DOW-UAP-D48, Department of the Air Force Report, 1996
Agency: Department of War
Incident date: 9/10/96
Page 30
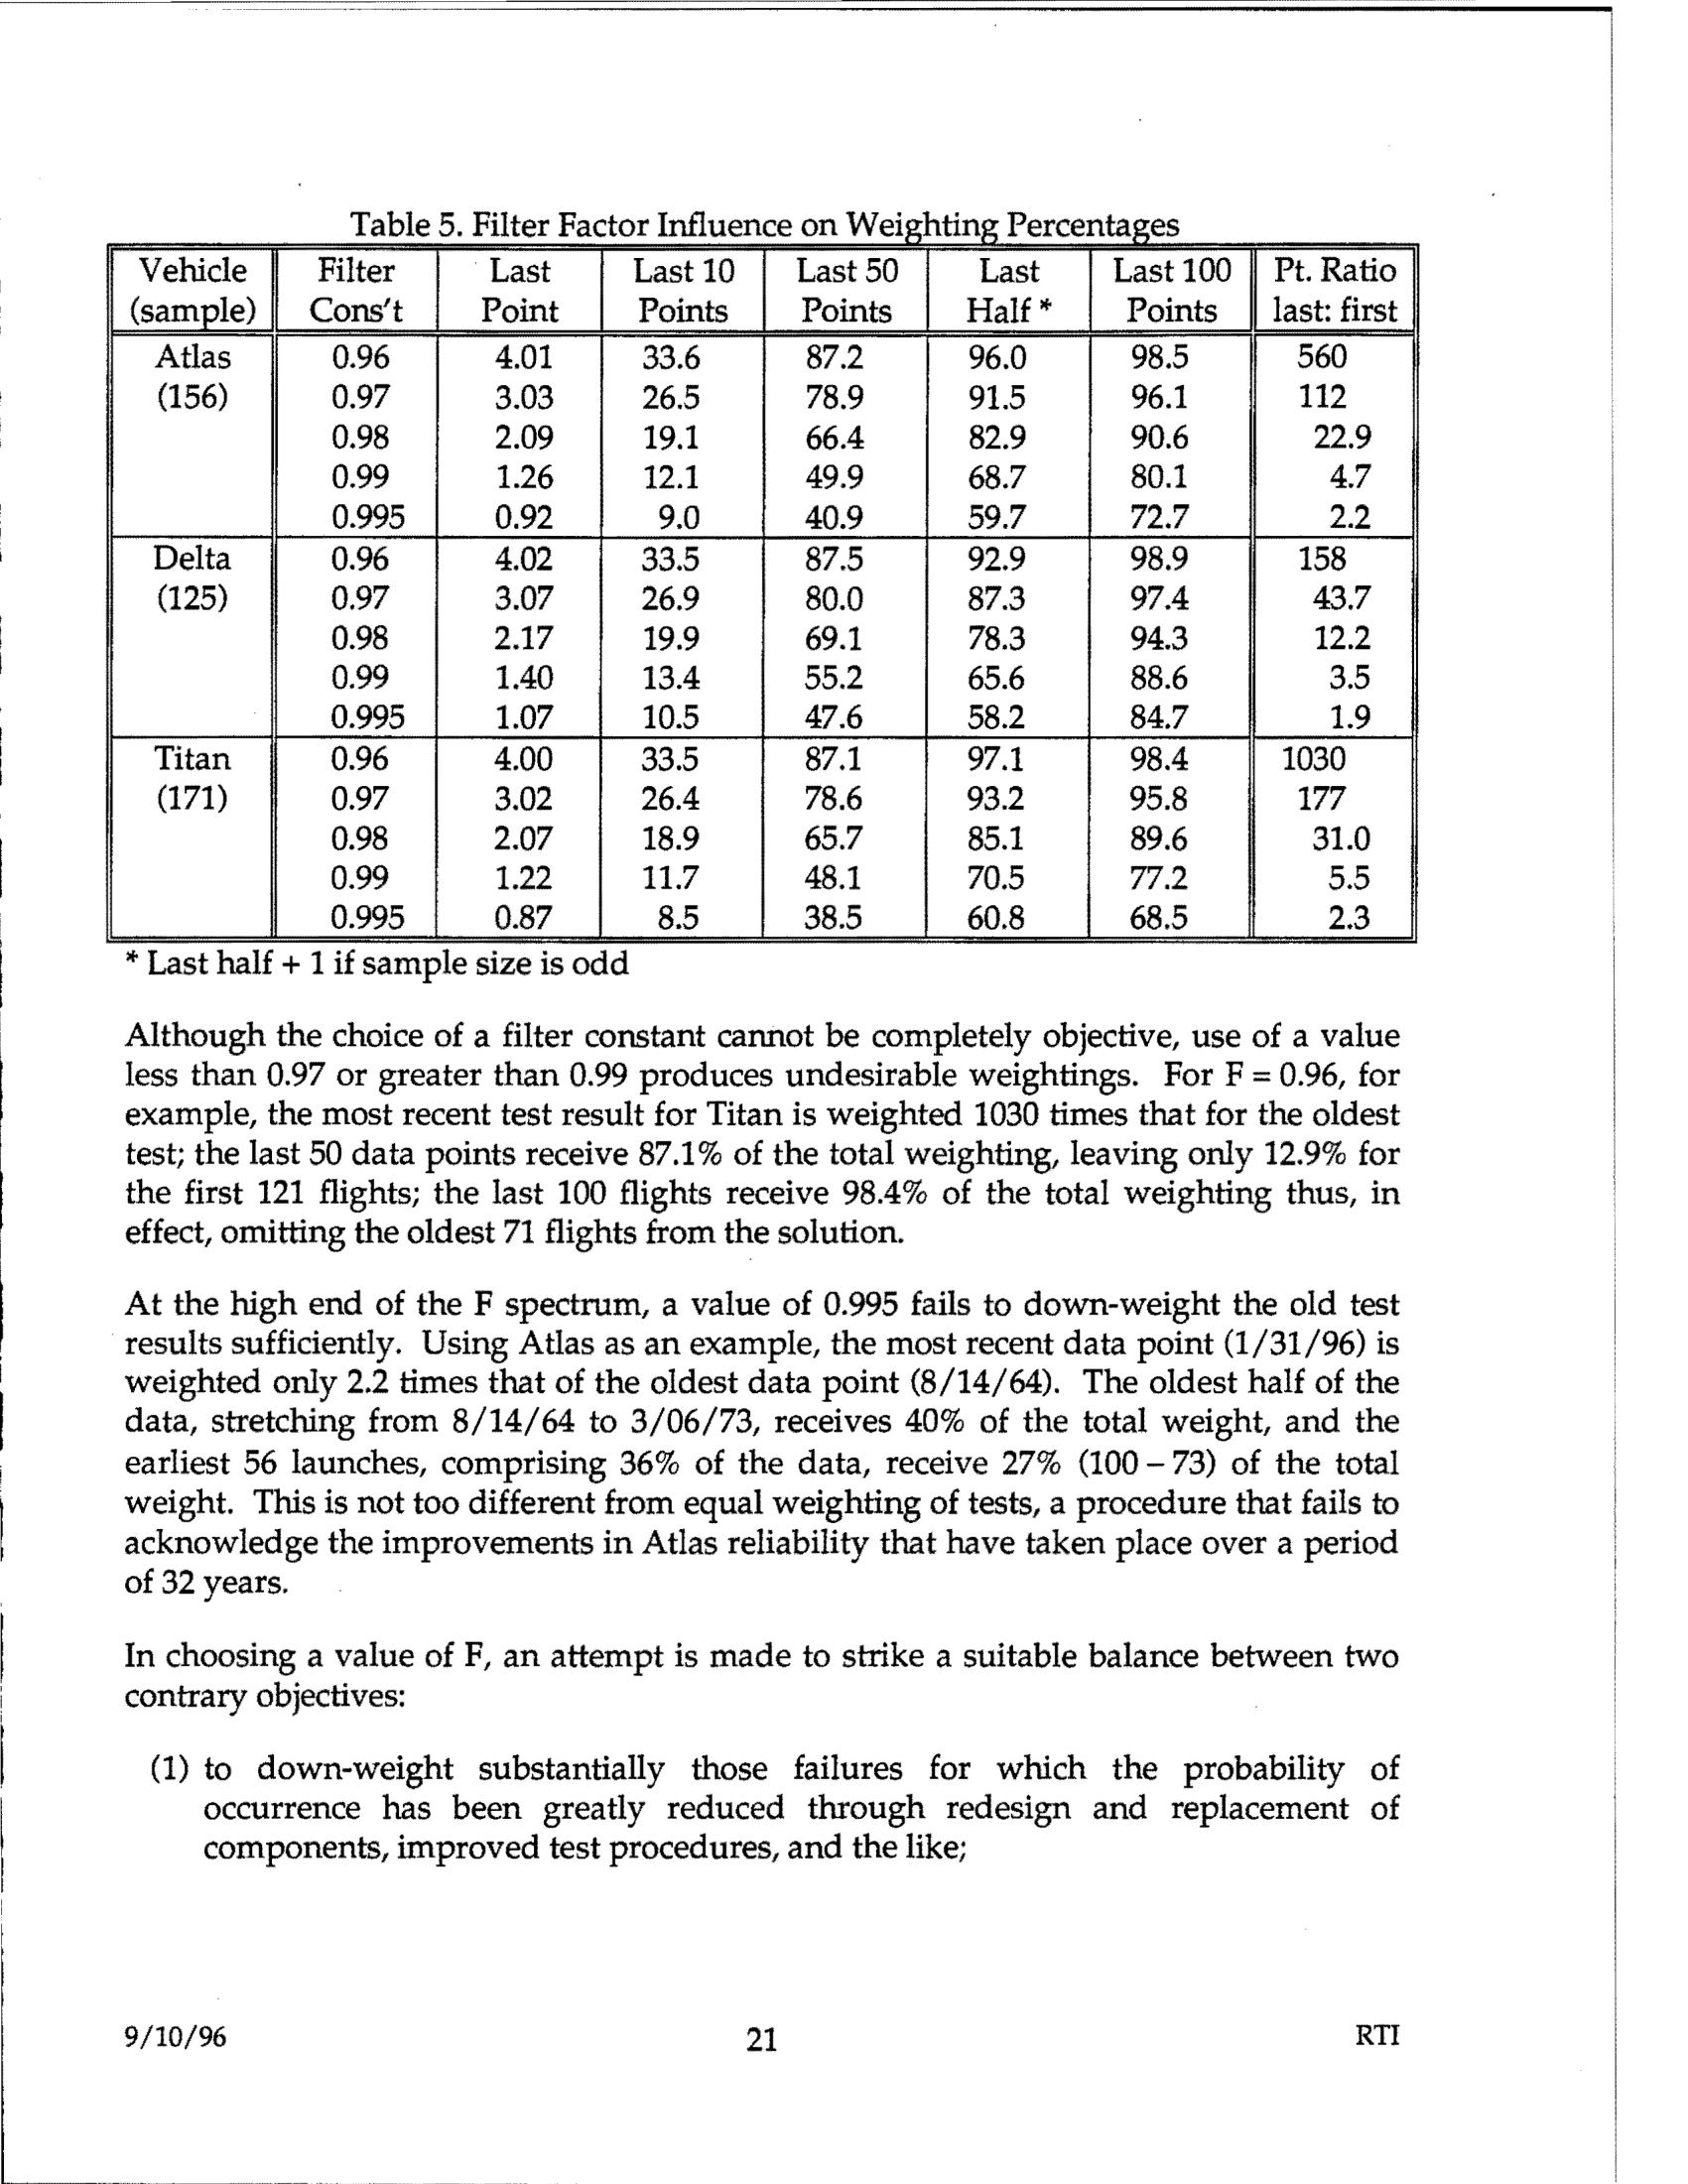